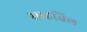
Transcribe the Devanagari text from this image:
साइबिल